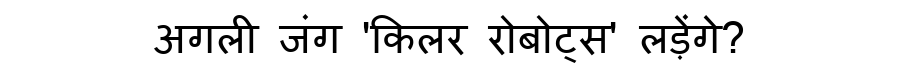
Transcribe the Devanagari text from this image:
अगली जंग 'किलर रोबोट्स' लड़ेंगे?